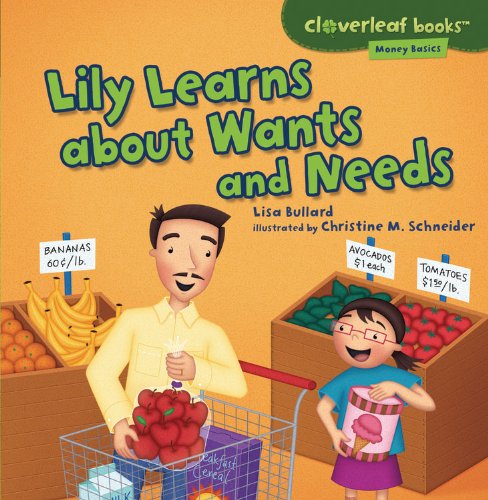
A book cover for Lily Learns about Wants and Needs (Cloverleaf Books - Money Basics); Lisa Bullard; Children's Books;